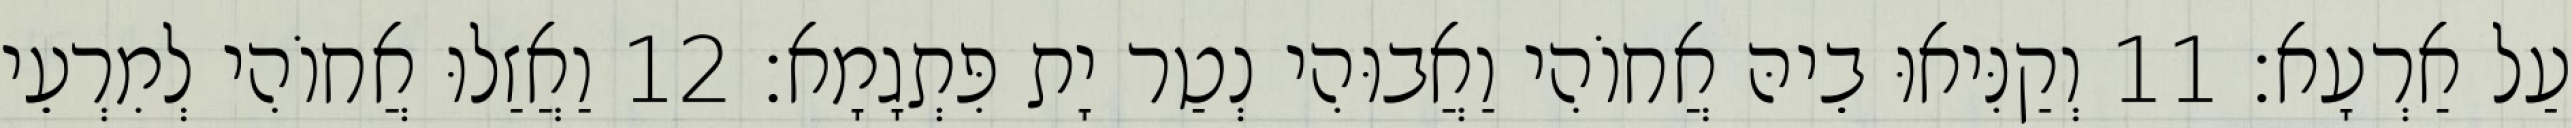
עַל אַרְעָא׃ 11 וְקַנִּיאוּ בֵיהּ אֲחוֹהִי וַאֲבוּהִי נְטַר יָת פִּתְגָמָא׃ 12 וַאֲזַלוּ אֲחוֹהִי לְמִרְעֵי